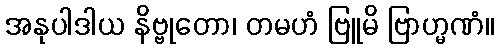
အနုပါဒါယ နိဗ္ဗုတော၊ တမဟံ ဗြူမိ ဗြာဟ္မဏံ။